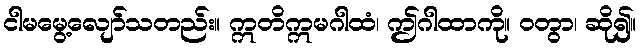
ငါမမွေ့လျော်သတည်း။ ဣတိဣမဂါထံ၊ ဤဂါထာကို။ ဝတွာ၊ ဆို၍။